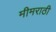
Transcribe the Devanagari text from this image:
मीमराठी